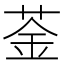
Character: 菳